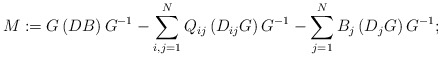
\begin{align*}M:=G\left(DB\right)G^{-1}-\sum_{i,j=1}^NQ_{ij}\left(D_{ij}G\right)G^{-1}-\sum_{j=1}^NB_j\left(D_jG\right)G^ {-1};\end{align*}